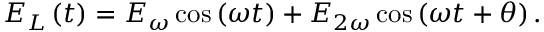
E _ { L } \left( t \right) = E _ { \omega } \cos \left( \omega t \right) + E _ { 2 \omega } \cos \left( \omega t + \theta \right) .